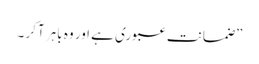
”ضمانت عبوری ہے اور وہ باہر آکر ۔